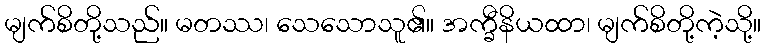
မျက်စိတို့သည်။ မတဿ၊ သေသောသူ၏။ အက္ခီနိယထာ၊ မျက်စိတို့ကဲ့သို့။